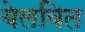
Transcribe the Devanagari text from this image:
बेलवित